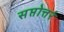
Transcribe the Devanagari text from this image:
सप्तोत्तरं